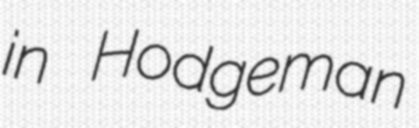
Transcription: in Hodgeman